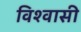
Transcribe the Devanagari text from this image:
विश्‍वासी